Leaving Certificate Examination, 1925
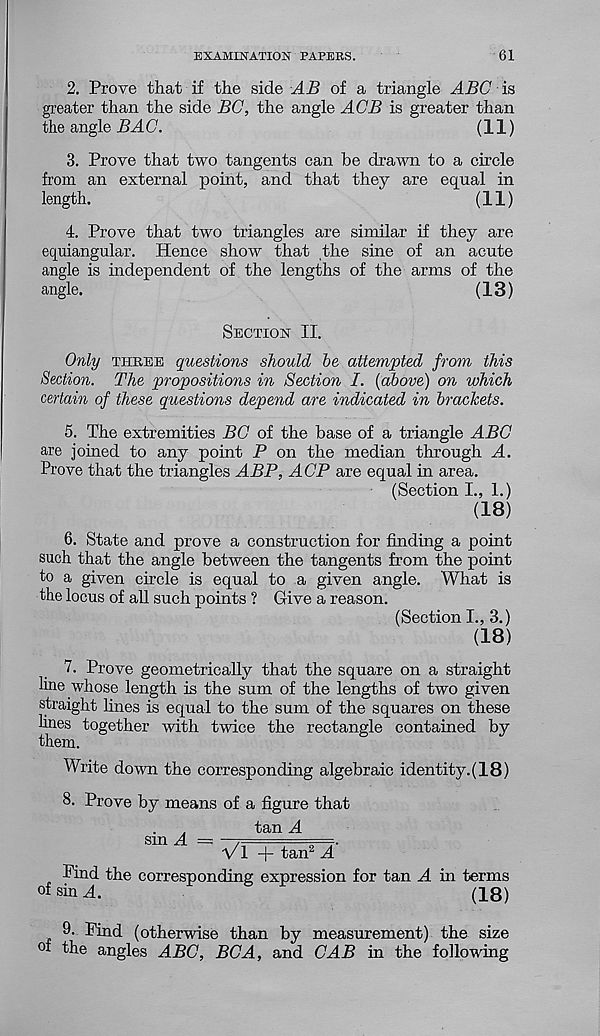
EXAMINATION PAPERS.
61
2. Prove that if the side AB of a triangle ABC is
greater than the side BC, the angle ACB is greater than
the angle BA C.
(11)
3. Prove that two tangents can be drawn to a circle
from an external point, and that they are equal in
length.
(11)
4. Prove that two triangles are similar if they are
equiangular. Hence show that the sine of an acute
angle is independent of the lengths of the arms of the
angle.
(13)
Section II.
Only three questions should he attempted from this
Section. The propositions in Section I. {above) on which
certain of these questions depend are indicated in brackets.
5. The extremities BC of the base of a triangle ABC
are joined to any point P on the median through A.
Prove that the triangles ABP, AGP are equal in area.
(Section I., 1.)
(18)
6. State and prove a construction for finding a point
such that the angle between the tangents from the point
to a given circle is equal to a given angle. What is
the locus of all such points ? Give a reason.
(Section I., 3.)
(18)
7. Prove geometrically that the square on a straight
line whose length is the sum of the lengths of two given
straight lines is equal to the sum of the squares on these
lines together with twice the rectangle contained by
them.
Write down the corresponding algebraic identity.(18)
8. Prove by means of a figure that
tan A
sm H = -7====.
Vl + tan 2 A
Pind the corresponding expression for tan A in terms
°t sin A.
(18)
9. Find (otherwise than by measurement) the size
the angles ABC, BCA, and CAB in the following